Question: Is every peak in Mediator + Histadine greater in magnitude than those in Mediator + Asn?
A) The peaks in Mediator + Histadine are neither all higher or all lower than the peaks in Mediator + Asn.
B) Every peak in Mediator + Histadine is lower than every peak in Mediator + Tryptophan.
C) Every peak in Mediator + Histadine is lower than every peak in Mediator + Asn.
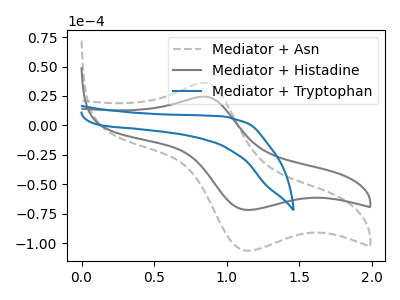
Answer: <think>The gray dashed curve "Mediator + Asn" has an anodic peak at (0.85V, 36.25uA) and a cathodic peak at (1.15V, -106.45uA). The gray curve "Mediator + Histadine" has an anodic peak at (0.85V, 24.45uA) and a cathodic peak at (1.15V, -71.80uA). The blue curve "Mediator + Tryptophan" has no peaks.</think>
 <answer>C) Every peak in "Mediator + Histadine" is lower than every peak in "Mediator + Asn".</answer>
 <eval>C</eval>